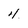
Character: 4